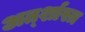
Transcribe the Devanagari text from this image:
अर्त्शास्त्र